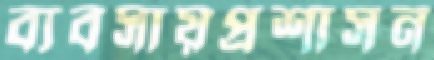
ব্যবসায়প্রশাসন